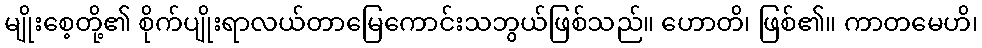
မျိုးစေ့တို့၏ စိုက်ပျိုးရာလယ်တာမြေကောင်းသဘွယ်ဖြစ်သည်။ ဟောတိ၊ ဖြစ်၏။ ကာတမေဟိ၊